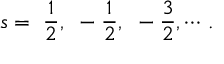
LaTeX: s = ~ \frac { 1 } { 2 } , ~ - \frac { 1 } { 2 } , ~ - \frac { 3 } { 2 } , \cdots { \, } .